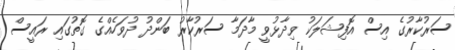
ސަރުކާރުގެ އިސް އޮފިޝަލަކު ވިދާޅުވީ މާދަމާ ސަރުކާރު ބަންދު ދުވަހެއްގެ ގޮތުގައި ރައީސް